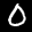
Label: 0